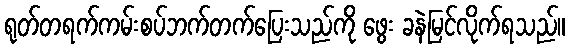
ရုတ်တရက်ကမ်းစပ်ဘက်တက်ပြေးသည်ကို ဖွေး ခနဲမြင်လိုက်ရသည်။